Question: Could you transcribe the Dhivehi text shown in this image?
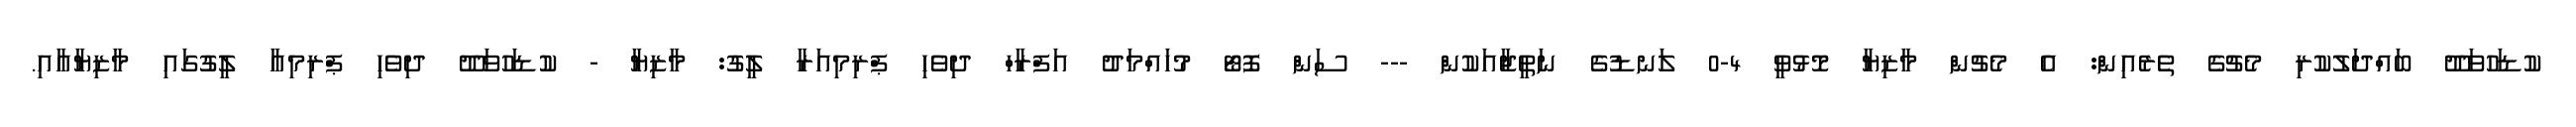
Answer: ކުޑަހުވަދޫ ބައްދަލުކުރި މެޗުގެ ތެރެއިން: އެ މެޗުން މާޒިޔާ މޮޅުވީ 4-0 ލަނޑުގެ ނަތީޖާއަކުން --- ސަން ފޮޓޯ މުހައްމަދު އަފްރާހް ދިވެހި ޕްރިމިއަރާ ލީގު: މާޒިޔާ - ކުޑަހުވަދޫ ދިވެހި ޕްރިމިއާ ލީގުގައި މާޒިޔާއާއި.